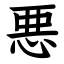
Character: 悪